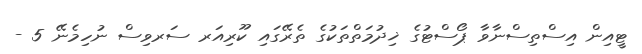
ޓީއިން އިސްތިސްނާވާ ޕޯސްޓުގެ ޚިދުމަތްތަކުގެ ތެރޭގައި ކޫރިއަރ ސަރވިސް ނުހިމެނޭ 5 -